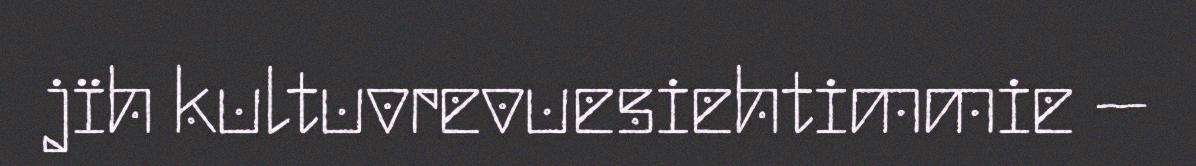
jïh kultuvrevuesiehtimmie –